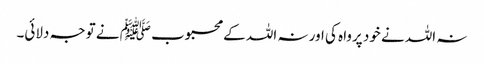
نہ اللہ نے خود پرواہ کی اور نہ اللہ کے محبوب ﷺ نے توجہ دلائی۔